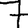
Digit: 7